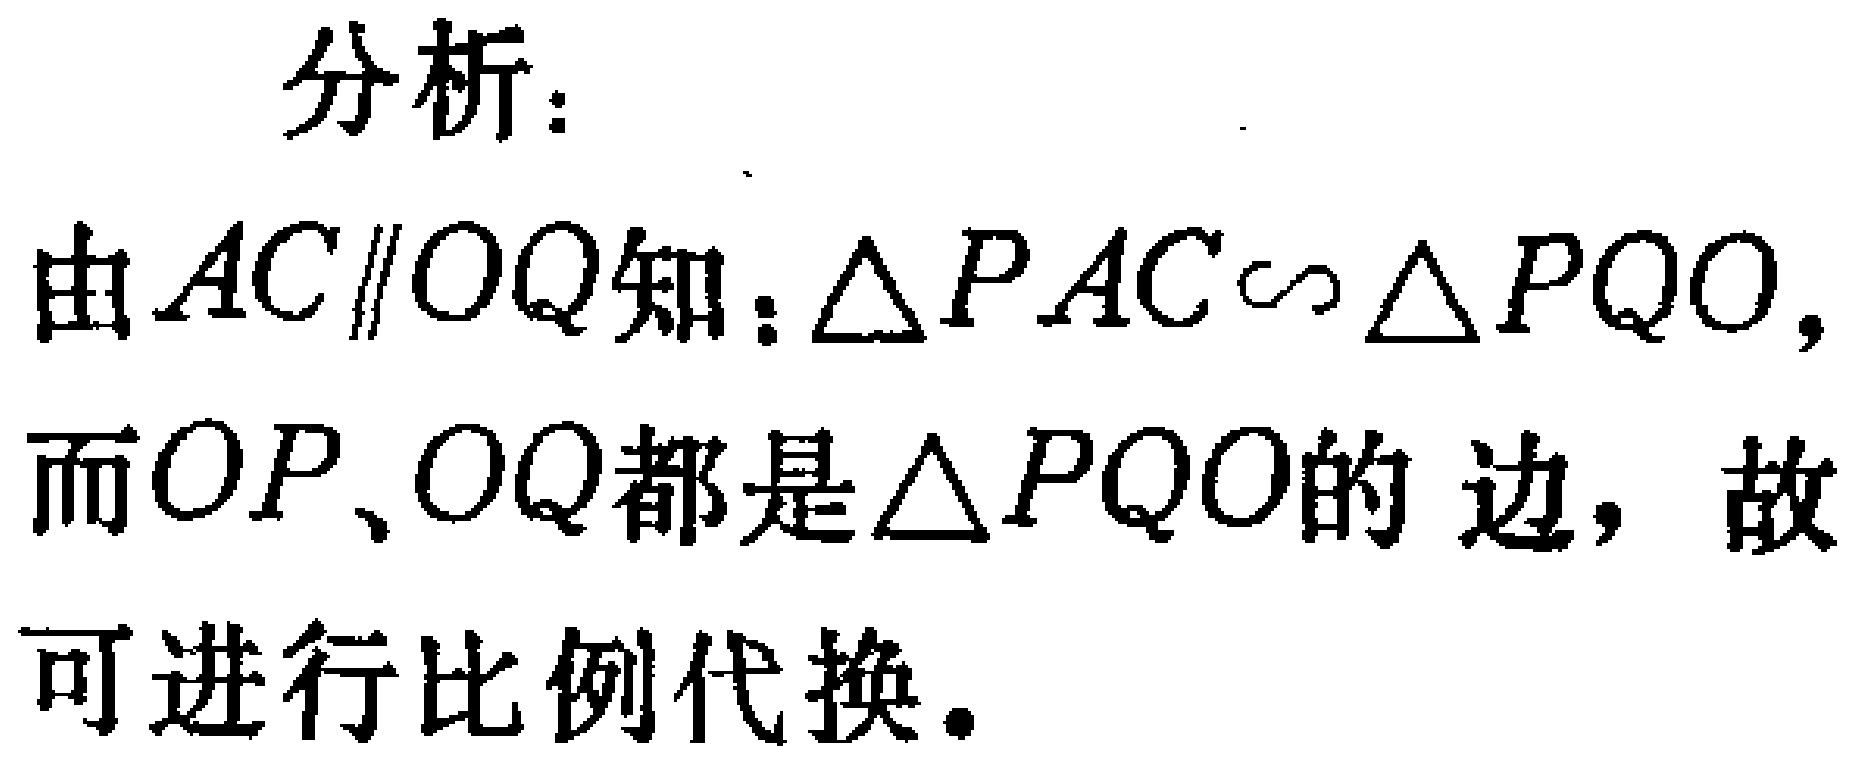
分析：

由\(AC\parallel OQ\)知：\(\triangle PAC\sim\triangle PQO\)，

而\(OP、OQ\)都是\(\triangle PQO\)的 边，故

可进行比例代换。